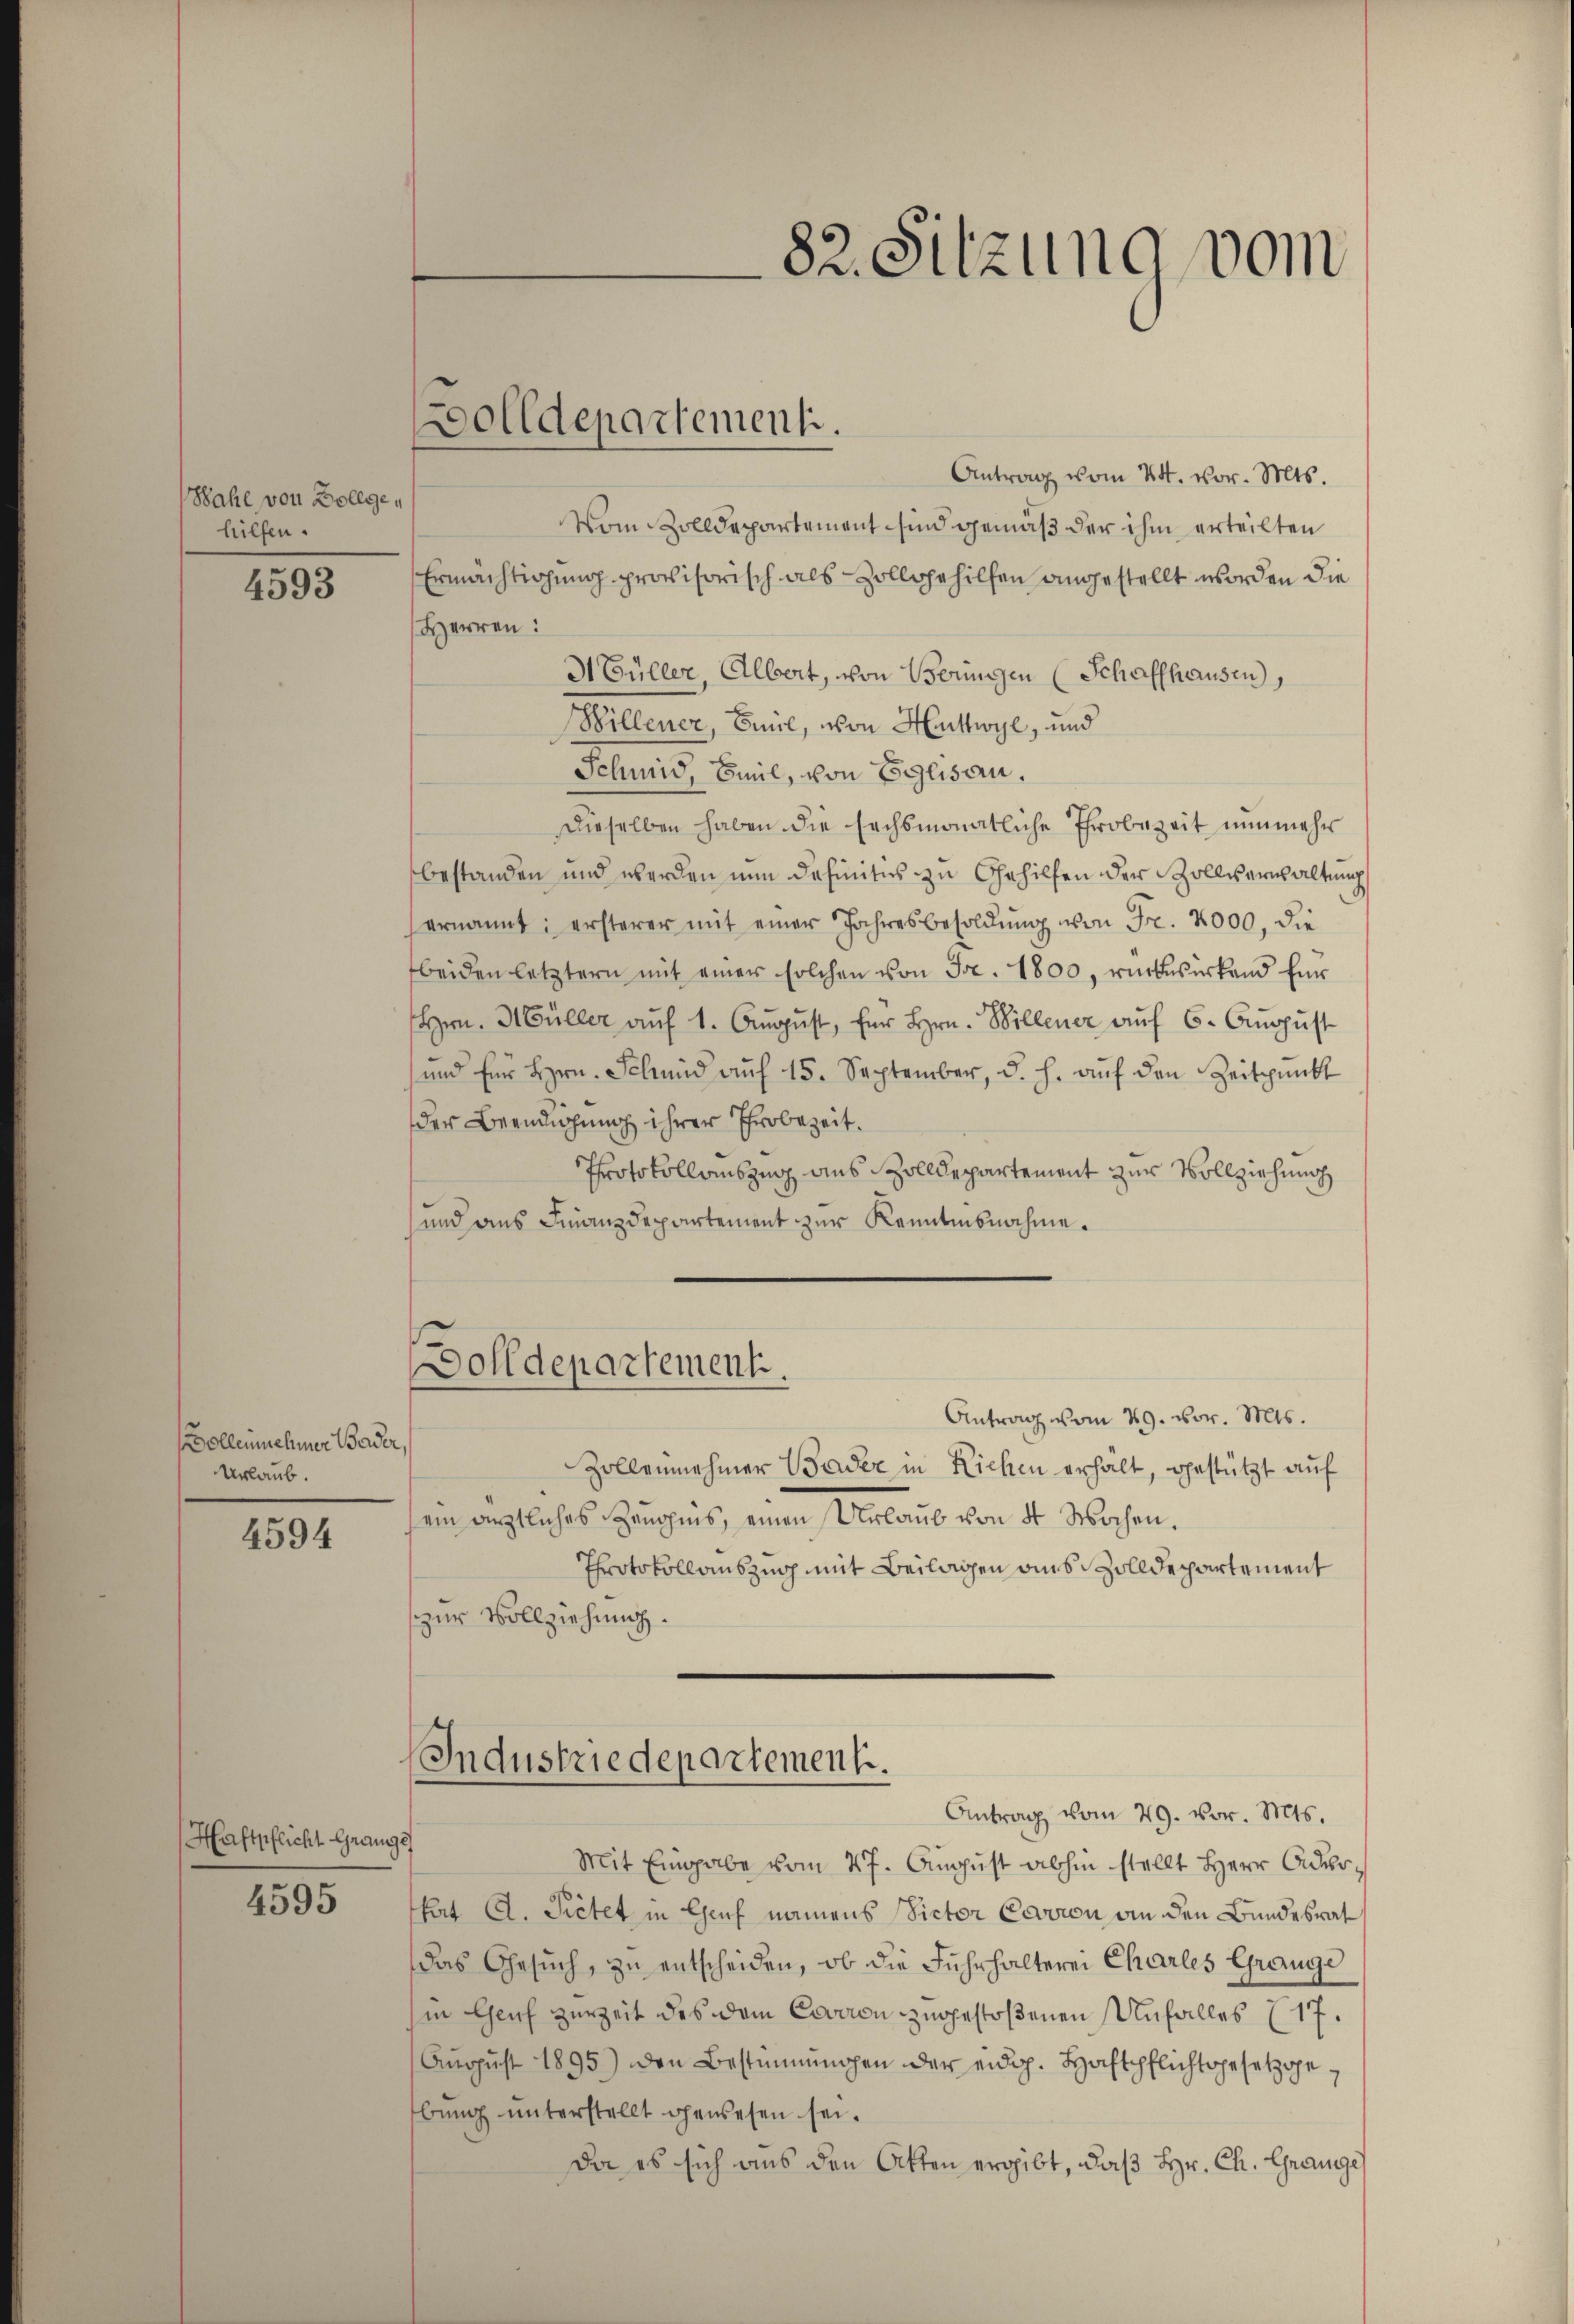
Wahl von Zollgehilfen.

4593

Volleinnehmer Bader
Urlaub.

4594

Haftpflicht Grange

4595

olldepartement.

Antrag vom 24. vor. Mts.
Vom Zolldepartement sind gemäß der ihm erteilten
Ermächtigung provisorisch als Zollgehilfen angestellt worden die
Herren:
H Güller, Albert, von Beringen (Schaffhausen,
Hillener, Emil, von Hurtwyl, und
Schmid, Bail, von Eglisau.
Dieselben haben die sechsmonatliche Throbezeit nunmehr
bestanden und werden nun definitus zu Gehilfen der Zollverwaltung
ernannt: ersterer mit einer Jahresbesoldŭng von Fr. 2000, die
beiden letztern mit einer solchen von Fr. 1800, rückwirkend für
Hrn. Dr Güller aŭf 1. Aŭgŭst, für hrn. Willener aŭf 6. Aŭgŭst
und für hrn. Schmid aŭf 15. September, d. h. aŭf den Zeitpunkt
der Beendigung ihrer Erobezeit.
Protokollauszug aus Zolldepartement zur Vollziehung
und aus Finanzdepartement zur Kenntnisnahme.
Dolldepartement
Antrag vom 29. vor. Mts.
Zollennehmer Bader in Richen erhält, gestützt auf
ein ärztliches Zeugens, einen Urlaub von 4 Wochen.
Protokollauszug mit Beilagen aus Zolldepartement
zur Vollziehung.
Industrie departement.
Antrag vom 29. vor. Mts.
Mit Eingabe vom 27. August abhin stellt Herr Aderkt A. Pietet in Genf namens Victor Cavion an den Bundesrat
das Gesuch, zu entscheiden, ob die Fuhrhalterei Charles Grange
in Genf zurzeit des dem Corron zugestoßenen Unfalles (17.
Aŭgŭst 1895) den Bestimmungen der eidg. Hochtpflichtgesetzgebŭng ŭnterstellt gewesen sei.
da es sich aus den Atten ergibt, daß Hr. Ch. Chrange

82. Sitzung vom